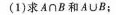
(1)求A \cap B 和 A\cup B；